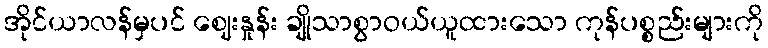
အိုင်ယာလန်မှပင် ဈေးနှုန်း ချိုသာစွာဝယ်ယူထားသော ကုန်ပစ္စည်းများကို